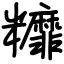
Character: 䊳